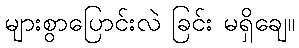
များစွာပြောင်းလဲ ခြင်း မရှိချေ။